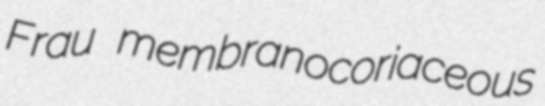
Frau membranocoriaceous